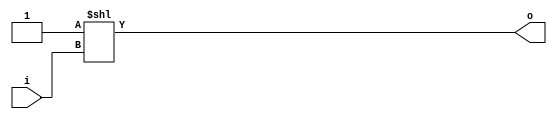
module bsg_decode_num_out_p4
(
  i,
  o
);

  input [1:0] i;
  output [3:0] o;
  wire [3:0] o;
  assign o = { 1'b0, 1'b0, 1'b0, 1'b1 } << i;

endmodule